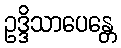
ဥဒ္ဒိသာပေန္တေ